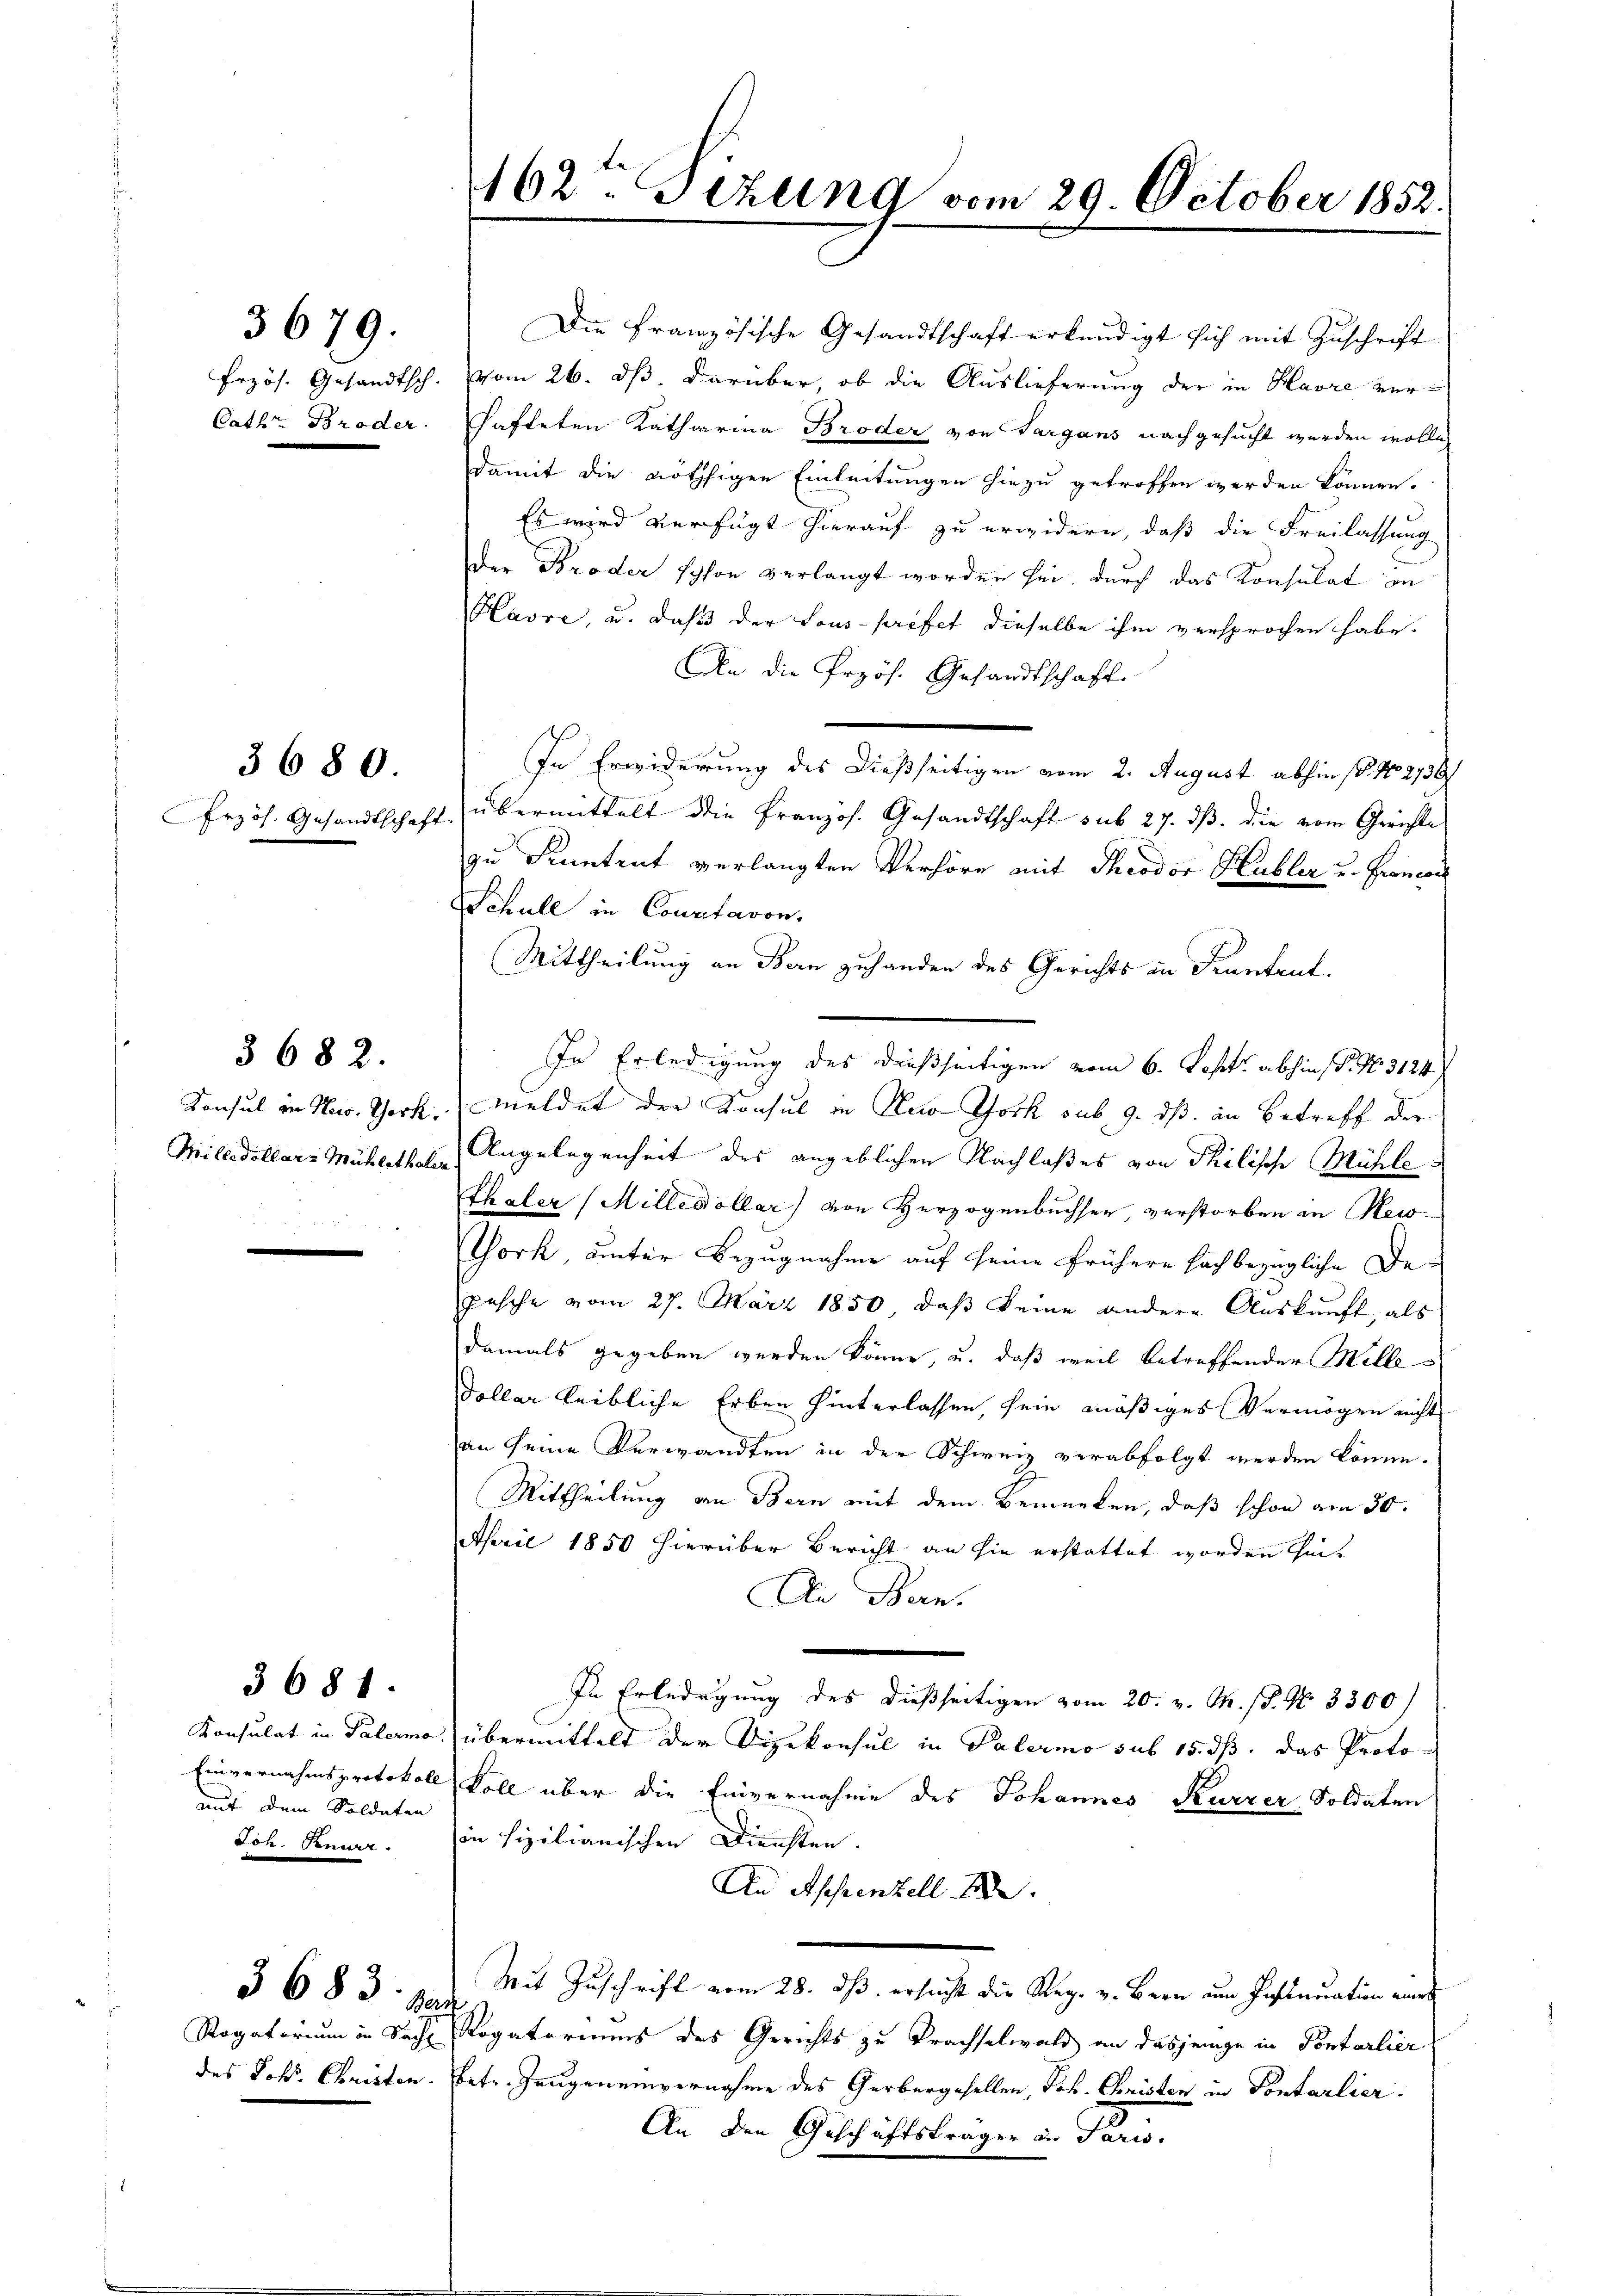
3679.

3680

§ 682.

auf dem Soldaten
dch. Benne.

3681.

162ten Sizung vom 29. October 1852.

Die französische Gesandtschaft erkundigt sich mit Zuschrift
Przös. Gesandtsch. vom 26. ds. darüber, ob die Auslieferung der in Havre ver-
Cathe Broder Hafteten Katharina Broder von Sargans nachgesucht werden wolle,
damit die nöthigen Einleitungen hiezu getroffen werden können.
Es wird verfügt hierauf zu erwidern, daß die Freilassung
der Broder schon verlangt worden sei, durch das Konsulat in
Havre, u. daß der Lous-prifet dieselbe ihm versprochen habe.
An die Przös. Gesandtschaft.
In Erwiderung des dießseitigen vom 2. August abhin s. N. 2750
Przös. Gesandtschaft übermittelt die Französ. Gesandtschaft sub 27. ds. die vom Gerichte
zu Kenntent verlangten Verhöre mit Theodor Hubler u. Groncor
Schull in Courtavon,
Mittheilung an Bern zuhanden des Gerichts in Kenntent.
In Erledigung des dießseitigen vom 6. Sept. abhin P. Nr. 3124.
Konsul in New York, meldet der Konsul in New-York sub 9. dß in Betreff der
Mileidellare Mühlethal Angelegenheit des angeblichen Nachlaßes von Philische Mühle
Thaler (Milledollar) von Herzogenbuchser, verstorben in New-
Tork, unter Bezugnahme auf seine frühere fach bezügliche Depesche vom 27. März 1850, daß keine andere Auskunft, als
damals gegeben werden könne, u. daß weil betreffender Welle
Dollar leibliche Erben hinterlassen, sein mäßiges Vermögen nicht
an seine Verwandten in der Schweiz verabfolgt werden könne.
Mittheilung an Bern mit dem Bemerken, daß schon am 30.
April 1850 hierüber Bericht an sie erstattet worden hin¬
An Bern.
In Erledigung des dießseitigen vom 20. v. M. 18. No 3300
Konsulat in Patermo übermittelt der Vizekonsul in Palermo sub 15. ds. das Proto
Einvernahmsprotokoll voll über die Einvernahme des Johannes Kurzer Soldaten
in sizilianischen Diensten.
An Appenzell A.
3 683. " " Mit Zuschrift vom 28. ds. ersucht die Reg. v. Bern am Insinuation eines
Rogatorium in Sache Rogatoriums des Gerichts zu Prachselwald an dasjenige in Pontarlier
des Joh. Christen. Betr. Zeugeneinvernahme des Gerbergesellen, Joh. Christen in Sontarlier.
An den Geschäftsträger in Paris.